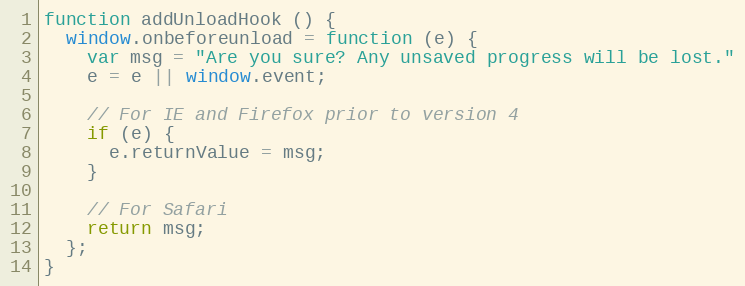
Language: JavaScript
function addUnloadHook () {
  window.onbeforeunload = function (e) {
    var msg = "Are you sure? Any unsaved progress will be lost."
    e = e || window.event;

    // For IE and Firefox prior to version 4
    if (e) {
      e.returnValue = msg;
    }

    // For Safari
    return msg;
  };
}